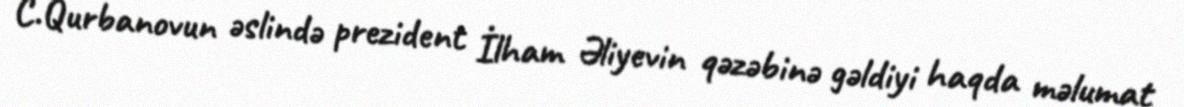
C.Qurbanovun əslində prezident İlham Əliyevin qəzəbinə gəldiyi haqda məlumat